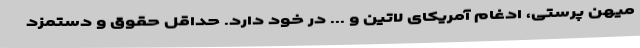
میهن پرستی، ادغام آمریکای لاتین و ... در خود دارد. حداقل حقوق و دستمزد